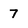
Character: 7